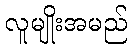
လူမျိုးအမည်